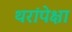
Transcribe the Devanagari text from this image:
थरांपेक्षा